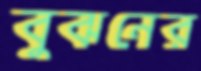
বুঝনের